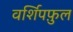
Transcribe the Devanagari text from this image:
वर्शिपफ़ुल